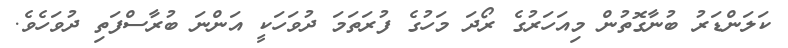
ކަލަންޑަރު ބުނާގޮތުން މިއަހަރުގެ ރޯދަ މަހުގެ ފުރަތަމަ ދުވަހަކީ އަންނަ ބުރާސްފަތި ދުވަހެވެ.